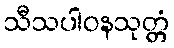
သီသပါဝနသုတ္တံ